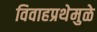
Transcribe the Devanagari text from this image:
विवाहप्रथेमुळे